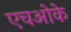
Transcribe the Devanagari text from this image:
एचओके